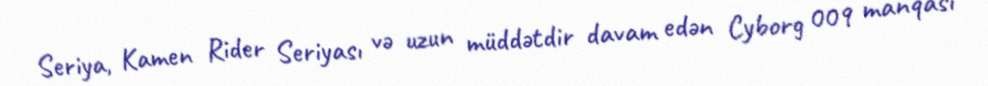
Seriya, Kamen Rider Seriyası və uzun müddətdir davam edən Cyborg 009 manqası